Lunatic asylums Bombay report 1891-1903 - 1891-1903
Year: 1891
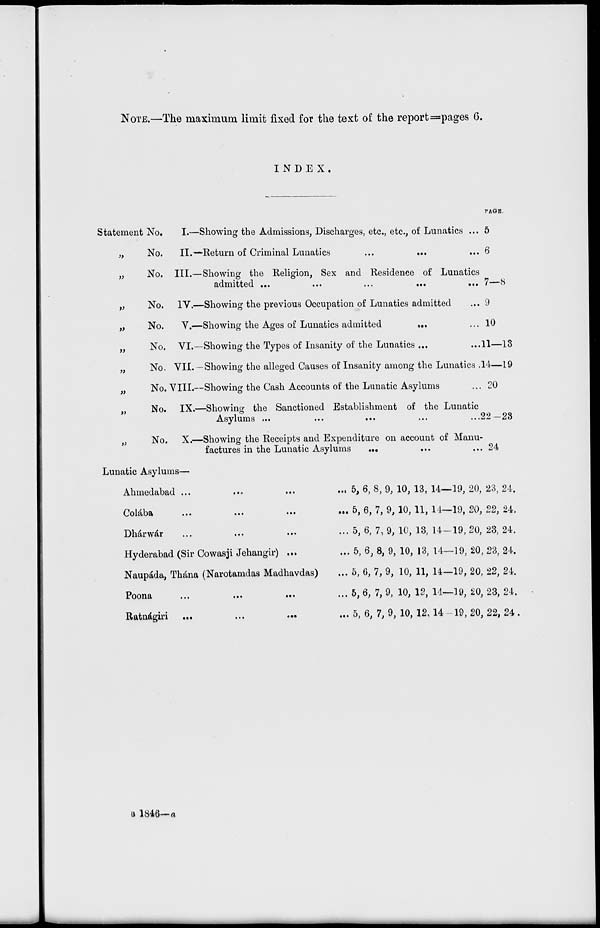
NOTE.—The maximum limit fixed for the text of the report = pages 6.
INDEX.
Statement No.
„
No.
„
No.
„
No.
„
No.
„ No.
„ No.
„ No.
„
No.
„ No.
I.—
II.—
III.—
IV.—
V.—
VI.—
VII.—
VIII.—
IX.—
X.—
Showing the Admissions, Discharges, etc., etc., of Lunatics ...
Return of Criminal Lunatics ... ... ...
Showing the Religion, Sex and Residence of Lunatics
admitted
...
...
...
...
...
Showing the previous Occupation of Lunatics admitted ...
Showing the Ages of Lunatics admitted
...
Showing the Types of Insanity of the Lunatics ...
Showing the alleged Causes of Insanity among the Lunatics
Showing the Cash Accounts of the Lunatic Asylums
Showing the Sanctioned Establishment of the Lunatic
Asylums
...
...
...
...
...
Showing the Receipts and Expenditure on account of Manu-
factures in the Lunatic Asylums ... ... ...
PAGE.
5
6
7—8
9
10
11—13
14—19
20
22-23
24
Lunatic Asylums—
Ahmedabad ..
...
...
...
Colába
..
...
...
...
Dhárwár .. ... ... ...
Hyderabad (Sir Cowasji Jehangir) ... ...
Naupáda, Thána (Narotamdas Madhavdas) ...
Poona
..
...
...
...
Ratnágiri
..
...
...
...
5, 6, 8, 9, 10, 13, 14—19, 20, 23, 24.
5, 6, 7, 9, 10, 11, 14—19, 20, 22, 24.
5, 6, 7, 9, 10, 13, 14—19, 20, 23, 24.
5, 6, 8, 9, 10, 13, 14—19, 20, 23, 24.
5, 6, 7, 9, 10, 11, 14—19, 20, 22, 24.
5, 6, 7, 9, 10, 12, 14—39, 20, 23, 24.
5, 6, 7, 9, 10, 12,14—19, 20, 22, 24 .
B 1846— a